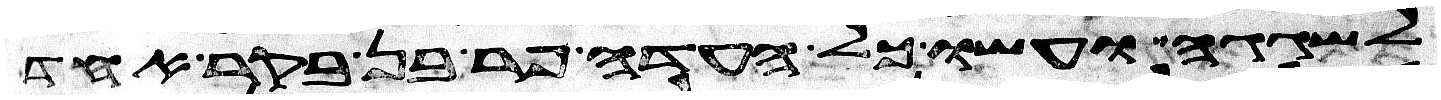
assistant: לשגגה ועשו כל העדה פר בן בקר אחד